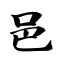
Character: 邑